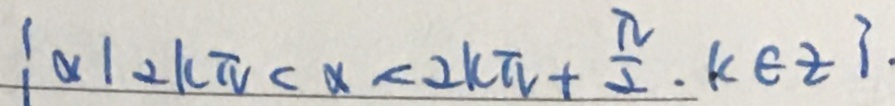
\{ \alpha \vert 2 k \pi < \alpha < 2 k \pi + \frac { \pi } { 2 } \cdot k \in z \} .